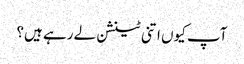
آپ کیوں اتنی ٹینشن لے رہے ہیں؟